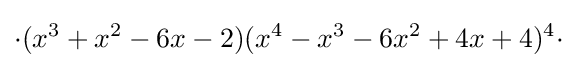
\cdot (x^{3}+x^{2}-6x-2)(x^{4}-x^{3}-6x^{2}+4x+4)^{4}\cdot